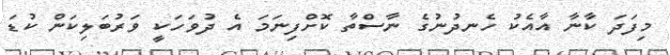
މިފަދަ ކާނާ އާއެކު ހެނދުނުގެ ނާސްތާ ކޮށްފިނަމަ އެ ދުވަހަކީ ވަރުބަލިކަން ކުޑަ